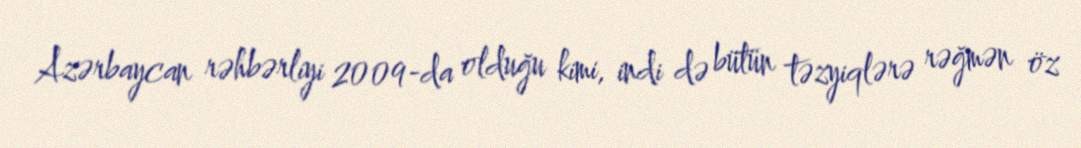
Azərbaycan rəhbərliyi 2009-da olduğu kimi, indi də bütün təzyiqlərə rəğmən öz